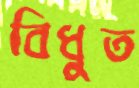
বিধুত